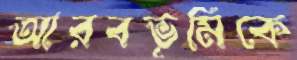
আরবভূমিকে